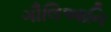
ગૌલિઆનિ